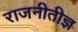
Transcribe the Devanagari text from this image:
राजनीतीज्ञ